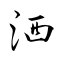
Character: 洒